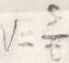
V = \frac { s } { t }